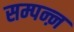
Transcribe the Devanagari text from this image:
सम्पन्ऩ